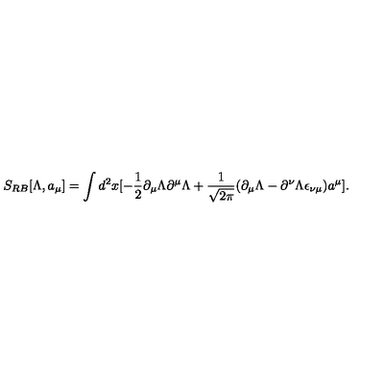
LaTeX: S _ { R B } [ \Lambda , a _ { \mu } ] = \int d ^ { 2 } x [ - \frac { 1 } { 2 } \partial _ { \mu } \Lambda \partial ^ { \mu } \Lambda + \frac { 1 } { \sqrt { 2 \pi } } ( \partial _ { \mu } \Lambda - \partial ^ { \nu } \Lambda \epsilon _ { \nu \mu } ) a ^ { \mu } ] .